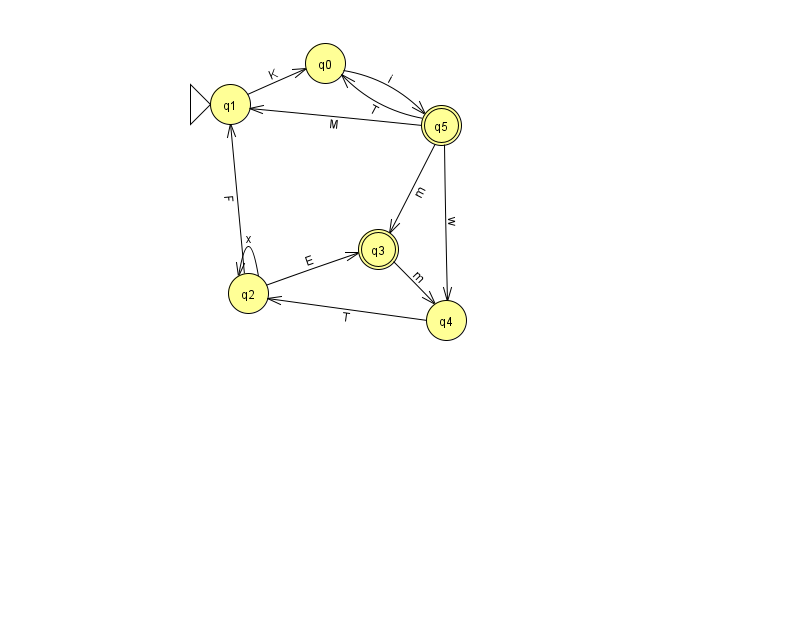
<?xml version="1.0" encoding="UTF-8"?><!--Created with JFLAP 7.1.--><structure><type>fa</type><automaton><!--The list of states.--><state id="0" name="q0"><x>325.0</x><y>50.0</y></state><state id="1" name="q1"><x>230.0</x><y>91.0</y><initial/></state><state id="2" name="q2"><x>248.0</x><y>280.0</y></state><state id="3" name="q3"><x>378.0</x><y>236.0</y><final/></state><state id="4" name="q4"><x>446.0</x><y>307.0</y></state><state id="5" name="q5"><x>441.0</x><y>112.0</y><final/></state><!--The list of transitions.--><transition><from>1</from><to>0</to><read>K</read></transition><transition><from>5</from><to>1</to><read>M</read></transition><transition><from>5</from><to>0</to><read>T</read></transition><transition><from>4</from><to>2</to><read>T</read></transition><transition><from>5</from><to>3</to><read>m</read></transition><transition><from>5</from><to>4</to><read>w</read></transition><transition><from>3</from><to>4</to><read>m</read></transition><transition><from>2</from><to>2</to><read>x</read></transition><transition><from>2</from><to>1</to><read>F</read></transition><transition><from>0</from><to>5</to><read>i</read></transition><transition><from>2</from><to>3</to><read>E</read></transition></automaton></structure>